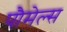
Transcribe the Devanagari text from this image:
पौमेल्स